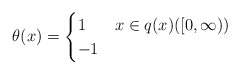
\begin{align*} \theta(x) = \begin{cases} 1 & x\in q(x)([0,\infty))\\ -1 & \end{cases} \end{align*}